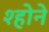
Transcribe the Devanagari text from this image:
श्होने